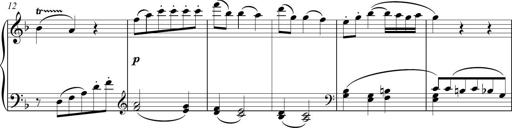
Title: Sonatina Vienesa al estilo de J.Haydn
Composer: JosÃ© RamÃ³n HernÃ¡ndez Bellido